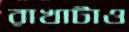
রাখাটাও